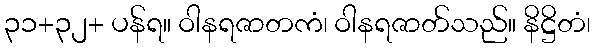
၃၁+၃၂+ ပန်ရ။ ဝါနရဇာတကံ၊ ဝါနရဇာတ်သည်။ နိဋ္ဌိတံ၊